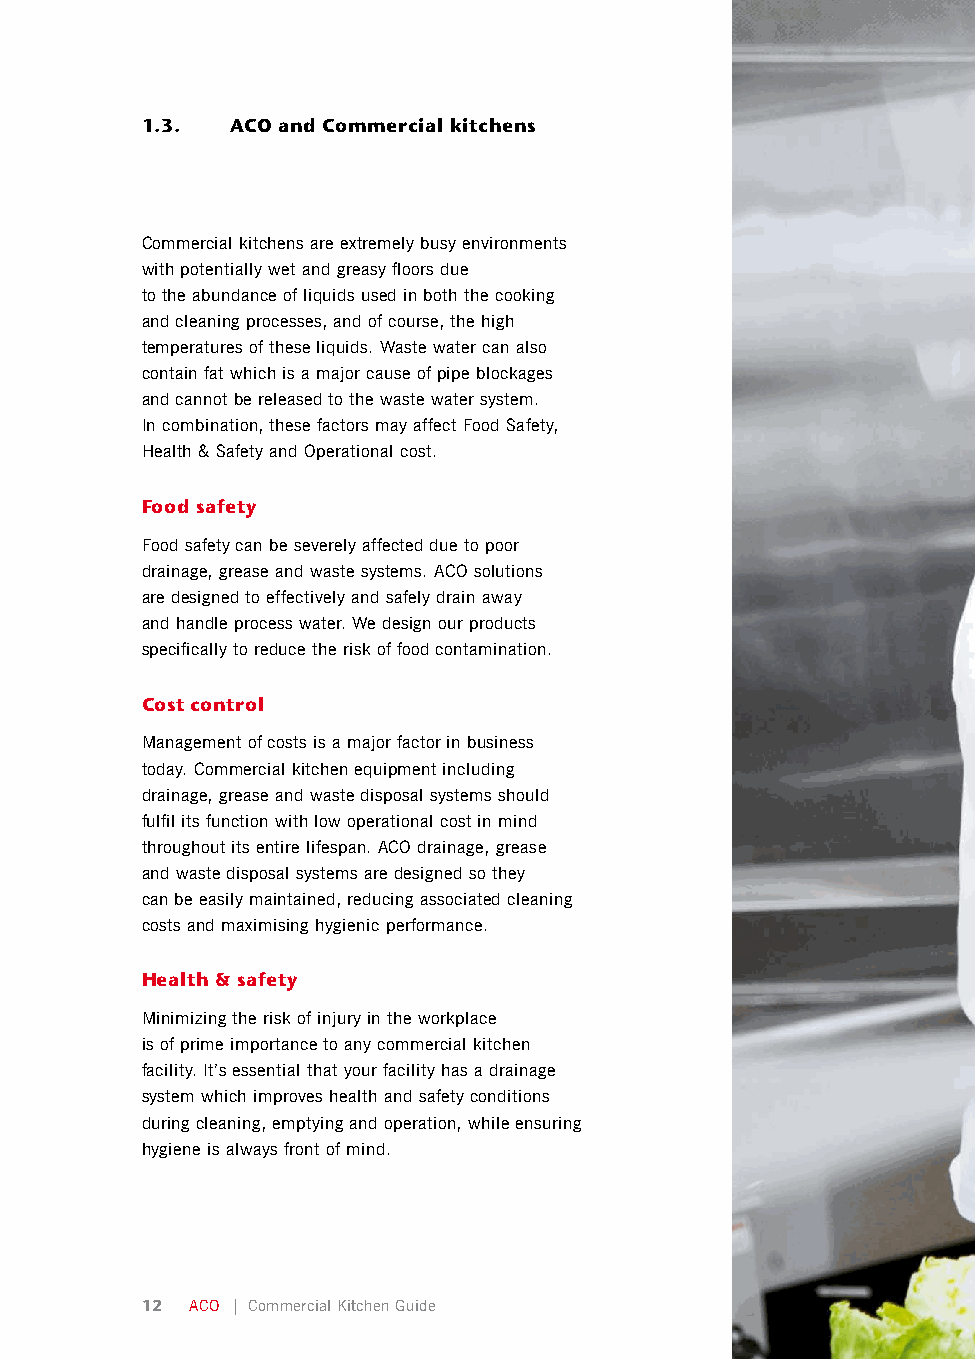
1.3.  ACO and Commercial kitchens
 Commercial kitchens are extremely busy environments
 with potentially wet and greasy floors due
 to the abundance of liquids used in both the cooking
 and cleaning processes, and of course, the high
 temperatures of these liquids. Waste water can also
 contain fat which is a major cause of pipe blockages
 and cannot be released to the waste water system.
 In combination, these factors may affect Food Safety,
 Health & Safety and Operational cost.
 Food safety
 Food safety can be severely affected due to poor
 drainage, grease and waste systems. ACO solutions
 are designed to effectively and safely drain away
 and handle process water. We design our products
 specifically to reduce the risk of food contamination.
 Cost control
 Management of costs is a major factor in business
 today. Commercial kitchen equipment including
 drainage, grease and waste disposal systems should
 fulfil its function with low operational cost in mind
 throughout its entire lifespan. ACO drainage, grease
 and waste disposal systems are designed so they
 can be easily maintained, reducing associated cleaning
 costs and maximising hygienic performance.
 Health & safety
 Minimizing the risk of injury in the workplace
 is of prime importance to any commercial kitchen
 facility. It’s essential that your facility has a drainage
 system which improves health and safety conditions
 during cleaning, emptying and operation, while ensuring
 hygiene is always front of mind.
 12  ACO | Commercial Kitchen Guide